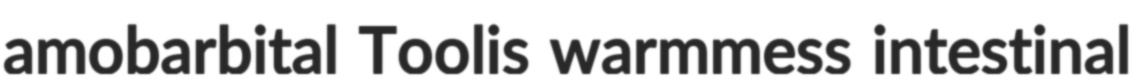
amobarbital Toolis warmmess intestinal